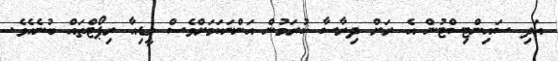
އަދި ސައިންޓިސްޓުން އެ ރަށް ދިރާސާ ކުރަމުން އަންނަކަމަށްވެސް މީޑިއާ ރިޕޯޓްތައް ބުނެއެވެ.